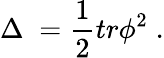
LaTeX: \Delta\; =\frac 12tr\phi^{2}\; .